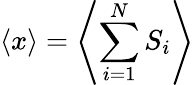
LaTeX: \langle x\rangle=\left\langle\sum_{i=1}^{N}S_{i}\right\rangle